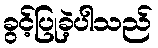
ခွင့်ပြုခဲ့ပါသည်